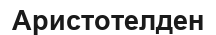
Аристотелден